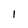
Character: I